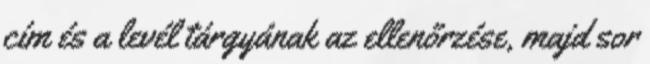
cím és a levél tárgyának az ellenőrzése, majd sor